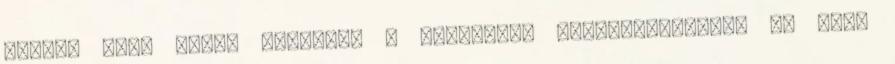
tájak, ahol mégis szikrázó a napsütés: mesefalucskákat is rejt